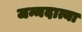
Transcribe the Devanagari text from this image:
जन्मदात्या